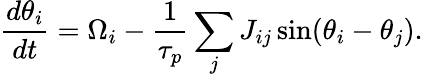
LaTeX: \frac{d\theta_{i}}{dt}=\Omega_{i}-\frac{1}{\tau_{p}}\sum_{j}J_{ij}\sin(\theta_{i}-\theta_{j}).